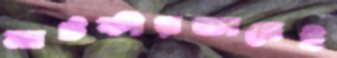
নাটকীয়ভাবেই